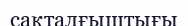
сақталғыштығы